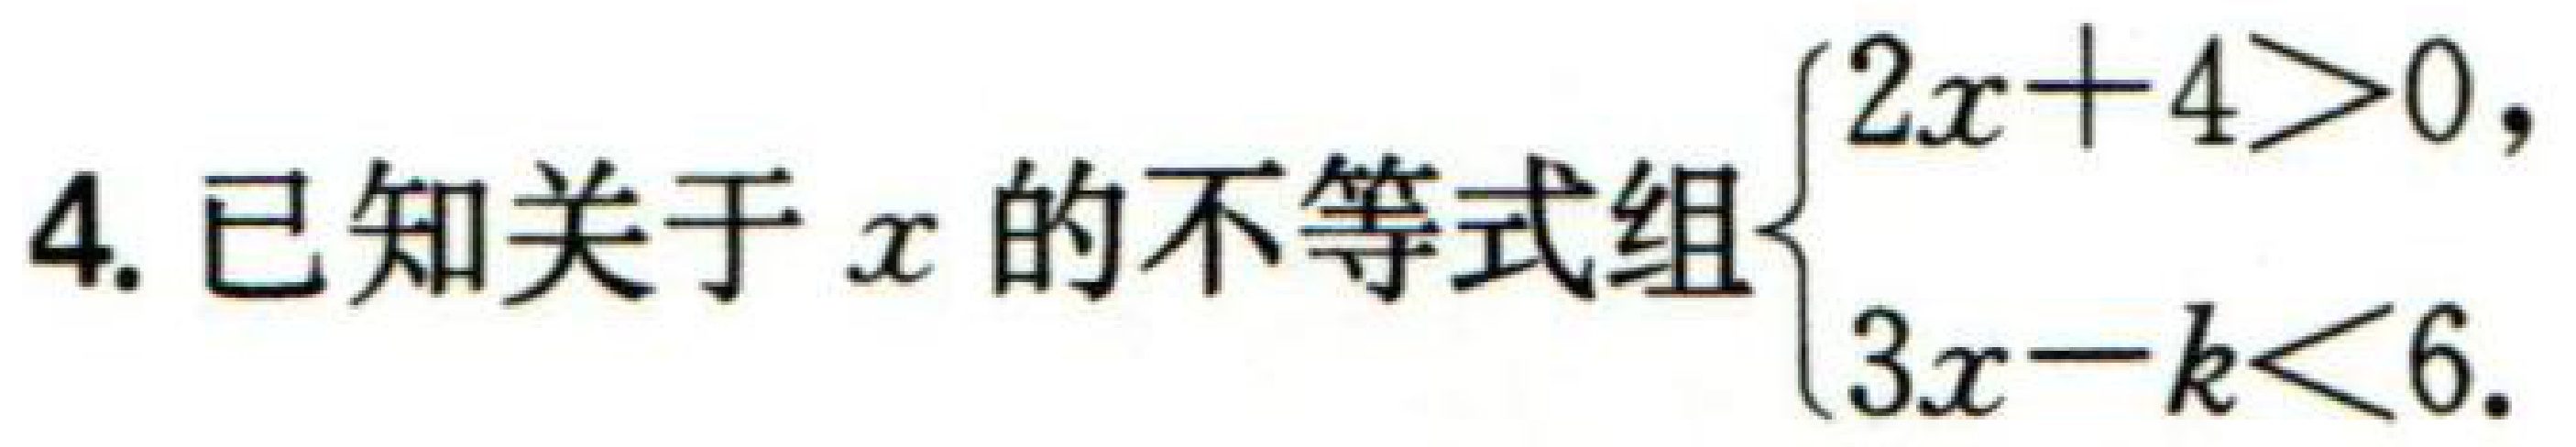
已知关于\(x\)的不等式组\(\begin{cases}2x + 4>0,\\3x - k<6.\end{cases}\)